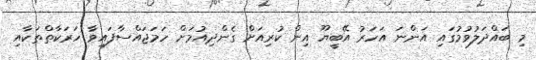
މި ބައްދަލުވުމުގައި އަންނަ އަހަރު އޭބީޔޫ އިން ކުރިއަށް ގެންދިއުމަށް ހަމަޖައްސާފައިވާ ހަރަކާތްތަކާއި